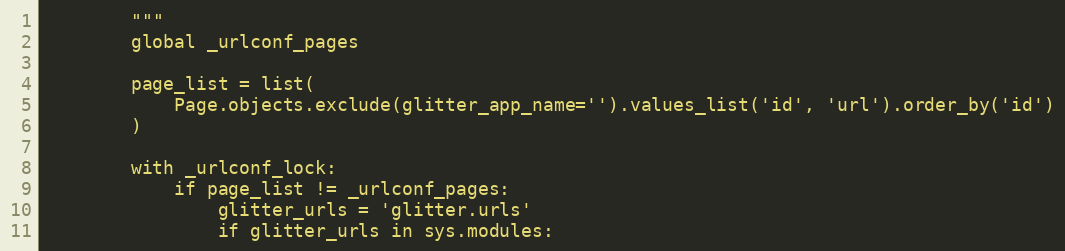
Language: Python
        """
        global _urlconf_pages

        page_list = list(
            Page.objects.exclude(glitter_app_name='').values_list('id', 'url').order_by('id')
        )

        with _urlconf_lock:
            if page_list != _urlconf_pages:
                glitter_urls = 'glitter.urls'
                if glitter_urls in sys.modules: